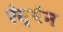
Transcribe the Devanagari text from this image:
ऐस्वैन